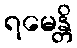
ရမေန္တိ